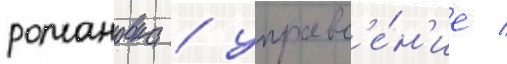
романовка / управл'е́н'ие /